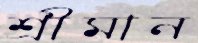
শ্রীমান